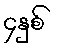
၄နှစ်